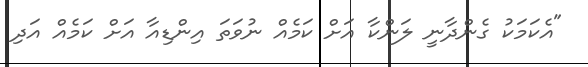
"އެކަމަކު ގެންދާނީ ލަންކާ އަށް ކަމެއް ނުވަތަ އިންޑިއާ އަށް ކަމެއް އަދި